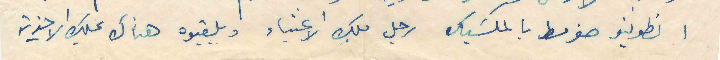
انطونيو ضومط بالمكسيك رجل ملك الاغنياء وبلقبوه هناك بملك الاحذية